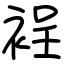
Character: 裎